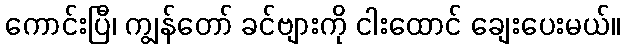
ကောင်းပြီ၊ ကျွန်တော် ခင်ဗျားကို ငါးထောင် ချေးပေးမယ်။